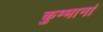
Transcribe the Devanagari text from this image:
कुम्भानां